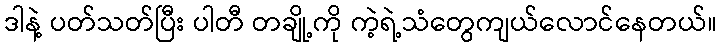
ဒါနဲ့ ပတ်သတ်ပြီး ပါတီ တချို့ကို ကဲ့ရဲ့သံတွေကျယ်လောင်နေတယ်။